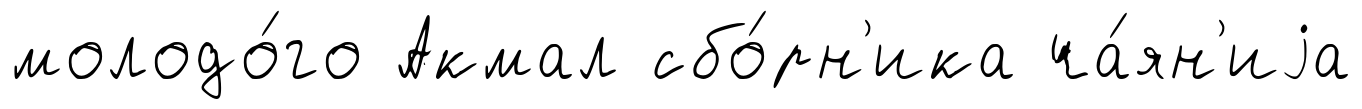
молодо́го Акмал сбо́рн'ика ча́ян'иjа